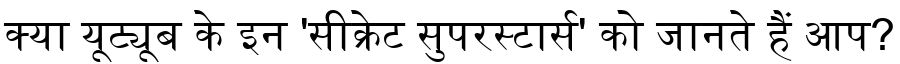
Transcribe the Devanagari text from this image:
क्या यूट्यूब के इन 'सीक्रेट सुपरस्टार्स' को जानते हैं आप?